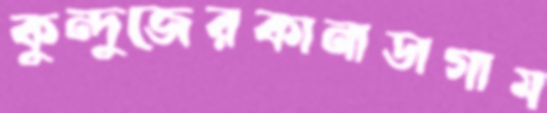
কুন্দুজেরকানাডাগাম